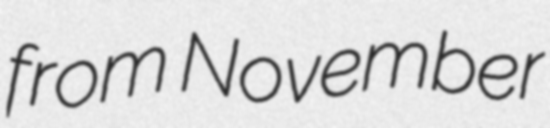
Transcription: from November